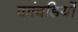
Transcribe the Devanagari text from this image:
कांवडियों